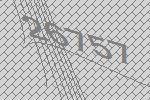
26757